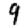
Digit: 9